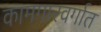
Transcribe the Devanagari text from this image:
कामगारवर्गात